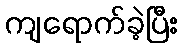
ကျရောက်ခဲ့ပြီး